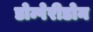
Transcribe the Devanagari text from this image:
डोम्पेरीडोन